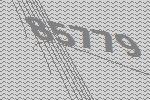
85779